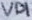
Text: VD1